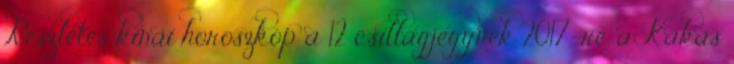
Részletes kínai horoszkóp a 12 csillagjegynek 2017-re, a Kakas